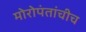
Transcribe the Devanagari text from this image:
मोरोपंतांचीच